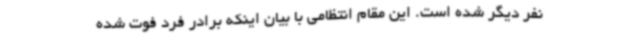
نفر دیگر شده است. این مقام انتظامی با بیان اینکه برادر فرد فوت شده